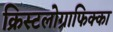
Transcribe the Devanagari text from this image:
क्रिस्टलोग्राफिक्का